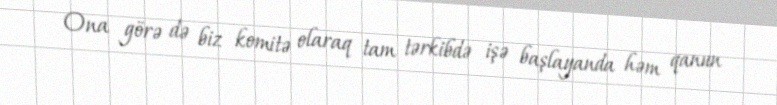
Ona görə də biz komitə olaraq tam tərkibdə işə başlayanda həm qanun